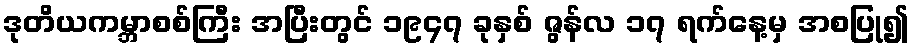
ဒုတိယကမ္ဘာစစ်ကြီး အပြီးတွင် ၁၉၄၇ ခုနှစ် ဇွန်လ ၁၇ ရက်နေ့မှ အစပြု၍